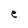
Character: e